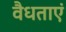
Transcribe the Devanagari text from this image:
वैधताएं